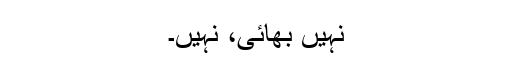
نہیں بھائی، نہیں۔